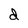
Character: d